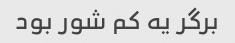
برگر یه کم شور بود